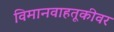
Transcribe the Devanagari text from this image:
विमानवाहतूकीवर